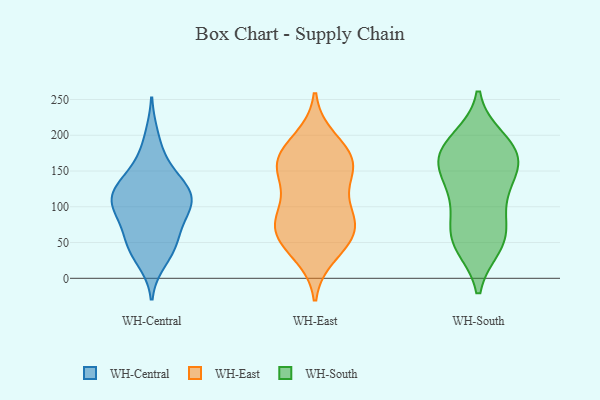
{"axis": {"x": "Bounce Rate (%)", "y": "Value"}, "legend": ["WH-Central", "WH-East", "WH-South"], "data": [{"x": "", "y": 39, "type": "WH-Central"}, {"x": "", "y": 113, "type": "WH-Central"}, {"x": "", "y": 167, "type": "WH-Central"}, {"x": "", "y": 140, "type": "WH-Central"}, {"x": "", "y": 96, "type": "WH-Central"}, {"x": "", "y": 134, "type": "WH-Central"}, {"x": "", "y": 42, "type": "WH-Central"}, {"x": "", "y": 59, "type": "WH-Central"}, {"x": "", "y": 53, "type": "WH-Central"}, {"x": "", "y": 25, "type": "WH-Central"}, {"x": "", "y": 74, "type": "WH-Central"}, {"x": "", "y": 107, "type": "WH-Central"}, {"x": "", "y": 136, "type": "WH-Central"}, {"x": "", "y": 198, "type": "WH-Central"}, {"x": "", "y": 107, "type": "WH-Central"}, {"x": "", "y": 107, "type": "WH-Central"}, {"x": "", "y": 116, "type": "WH-Central"}, {"x": "", "y": 99, "type": "WH-Central"}, {"x": "", "y": 34, "type": "WH-East"}, {"x": "", "y": 87, "type": "WH-East"}, {"x": "", "y": 96, "type": "WH-East"}, {"x": "", "y": 57, "type": "WH-East"}, {"x": "", "y": 144, "type": "WH-East"}, {"x": "", "y": 158, "type": "WH-East"}, {"x": "", "y": 194, "type": "WH-East"}, {"x": "", "y": 89, "type": "WH-East"}, {"x": "", "y": 155, "type": "WH-East"}, {"x": "", "y": 175, "type": "WH-East"}, {"x": "", "y": 150, "type": "WH-East"}, {"x": "", "y": 52, "type": "WH-East"}, {"x": "", "y": 62, "type": "WH-East"}, {"x": "", "y": 172, "type": "WH-East"}, {"x": "", "y": 73, "type": "WH-East"}, {"x": "", "y": 52, "type": "WH-South"}, {"x": "", "y": 171, "type": "WH-South"}, {"x": "", "y": 69, "type": "WH-South"}, {"x": "", "y": 169, "type": "WH-South"}, {"x": "", "y": 117, "type": "WH-South"}, {"x": "", "y": 134, "type": "WH-South"}, {"x": "", "y": 117, "type": "WH-South"}, {"x": "", "y": 156, "type": "WH-South"}, {"x": "", "y": 46, "type": "WH-South"}, {"x": "", "y": 74, "type": "WH-South"}, {"x": "", "y": 48, "type": "WH-South"}, {"x": "", "y": 166, "type": "WH-South"}, {"x": "", "y": 172, "type": "WH-South"}, {"x": "", "y": 194, "type": "WH-South"}, {"x": "", "y": 191, "type": "WH-South"}]}